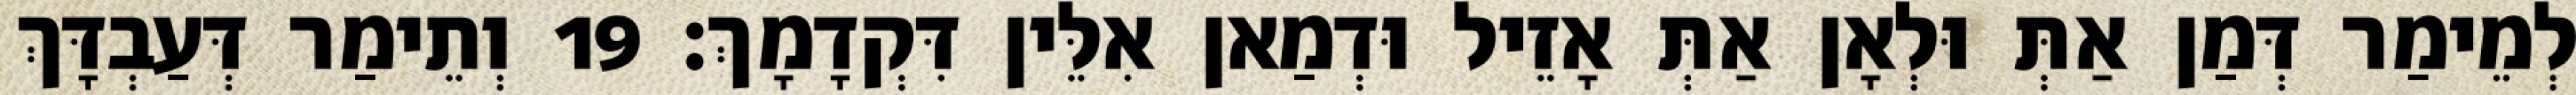
לְמֵימַר דְּמַן אַתְּ וּלְאָן אַתְּ אָזֵיל וּדְמַאן אִלֵּין דִּקְדָמָךְ׃ 19 וְתֵימַר דְּעַבְדָּךְ